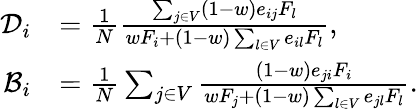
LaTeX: \begin{array}{rl}{\mathcal{D}_{i}}&{=\frac{1}{N}\frac{\sum_{j\in V}(1-w)e_{ij}F_{l}}{wF_{i}+(1-w)\sum_{l\in V}e_{il}F_{l}},}\\ {\mathcal{B}_{i}}&{=\frac{1}{N}\sum_{j\in V}\frac{(1-w)e_{ji}F_{i}}{wF_{j}+(1-w)\sum_{l\in V}e_{jl}F_{l}}.}\end{array}